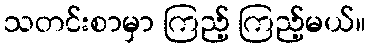
သတင်းစာမှာ ကြည့် ကြည့်မယ်။